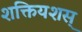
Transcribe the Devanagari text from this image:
शक्तियशस्